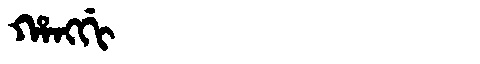
Manchu: ᡥᠠᠩᡤᡳ
Romanization: HANGGI